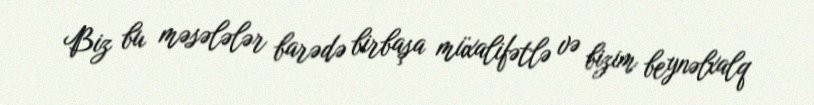
Biz bu məsələlər barədə birbaşa müxalifətlə və bizim beynəlxalq